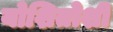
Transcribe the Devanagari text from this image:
योशितोशी